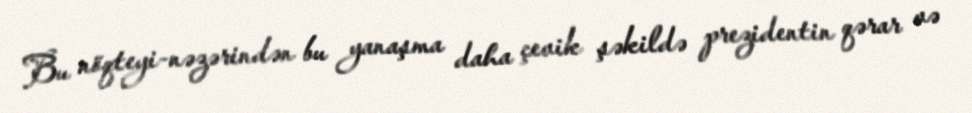
Bu nöqteyi-nəzərindən bu yanaşma daha çevik şəkildə prezidentin qərar və